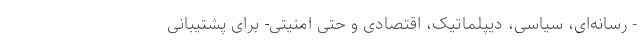
- رسانه‌ای، سیاسی، دیپلماتیک، اقتصادی و حتی امنیتی- برای پشتیبانی